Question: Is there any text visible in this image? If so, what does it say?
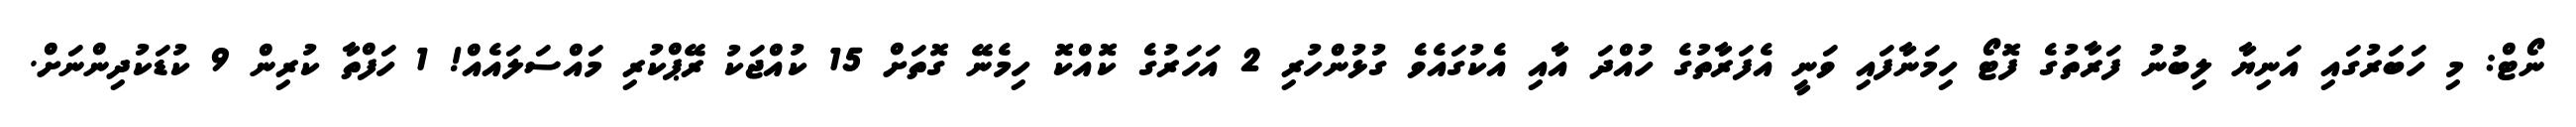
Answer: ނޯޓް: މި ހަބަރުގައި އަނިޔާ ލިބުނު ފަރާތުގެ ފޮޓޯ ހިމަނާފައި ވަނީ އެފަރާތުގެ ހުއްދަ އާއި އެކުގައެވެ ގުޅުންހުރި 2 އަހަރުގެ ކޮއްކޮ ހިމެނޭ ގޮތަށް 15 ކުއްޖަކު ރޭޕްކުރި މައްސަލައެއް! 1 ހަފްތާ ކުރިން 9 ކުޑަކުދިންނަށް.